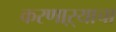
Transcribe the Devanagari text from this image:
करणाऱ्याचा